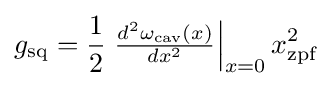
g_{\text{sq}}={\frac {1}{2}}\left.{\tfrac {d^{2}\omega _{\text{cav}}(x)}{dx^{2}}}\right|_{x=0}x_{\text{zpf}}^{2}